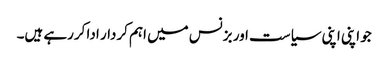
جو اپنی اپنی سیاست اور بزنس میں اہم کردار ادا کررہے ہیں۔